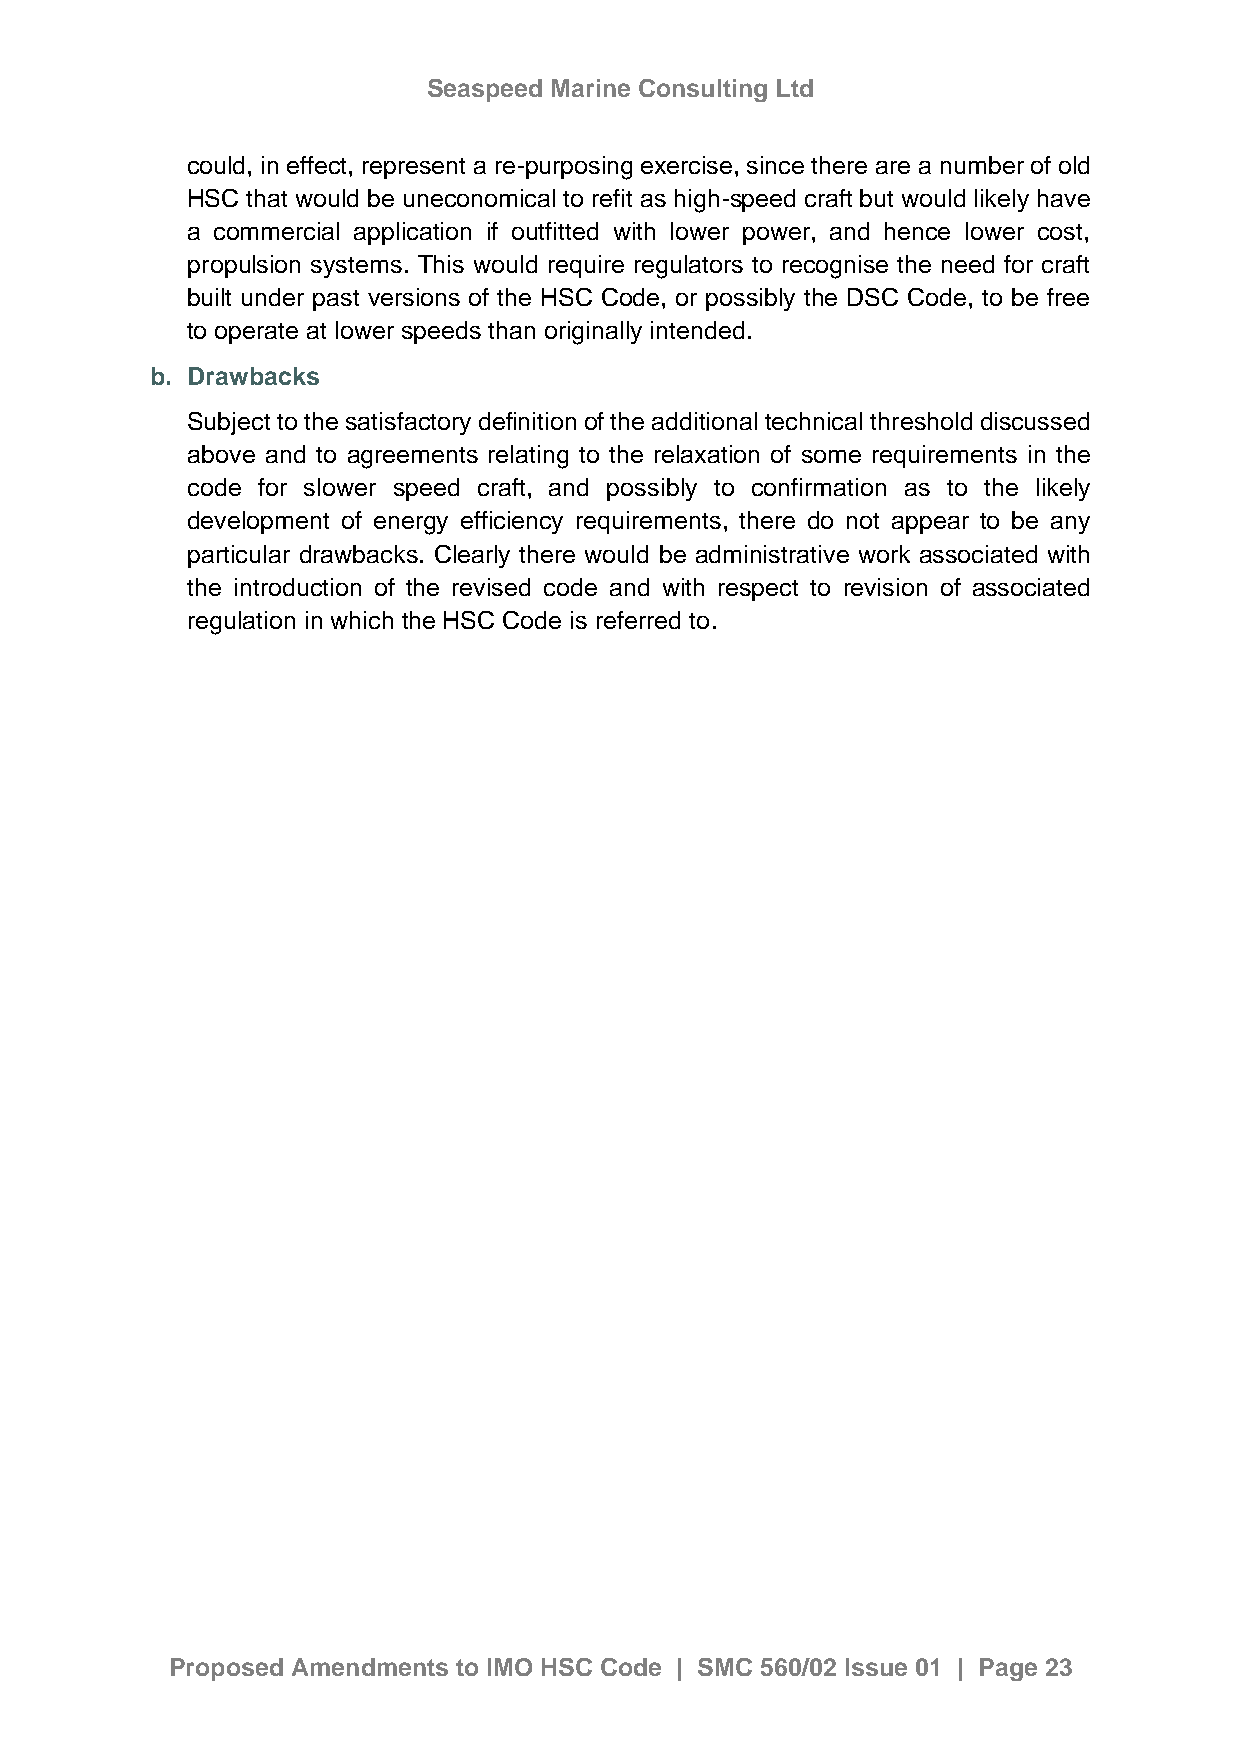
Seaspeed Marine Consulting Ltd
 could, in effect, represent a re-purposing exercise, since there are a number of old
 HSC that would be uneconomical to refit as high-speed craft but would likely have
 a commercial application if outfitted with lower power, and hence lower cost,
 propulsion systems. This would require regulators to recognise the need for craft
 built under past versions of the HSC Code, or possibly the DSC Code, to be free
 to operate at lower speeds than originally intended.
 b. Drawbacks
 Subject to the satisfactory definition of the additional technical threshold discussed
 above and to agreements relating to the relaxation of some requirements in the
 code for slower speed craft, and possibly to confirmation as to the likely
 development of energy efficiency requirements, there do not appear to be any
 particular drawbacks. Clearly there would be administrative work associated with
 the introduction of the revised code and with respect to revision of associated
 regulation in which the HSC Code is referred to.
 Proposed Amendments to IMO HSC Code | SMC 560/02 Issue 01 | Page 23